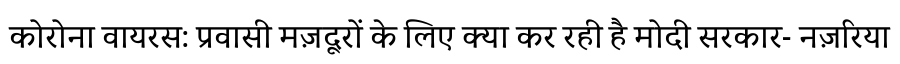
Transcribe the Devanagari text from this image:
कोरोना वायरस: प्रवासी मज़दूरों के लिए क्या कर रही है मोदी सरकार- नज़रिया